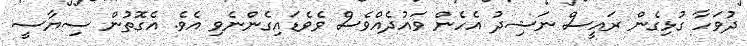
ދުވަހާ ގުޅިގެން ރައީސް ނަޝިދު އެހެން ވައުދެއްވެސް ވެވެޑައިގެންނެވި އެވެ. އެގޮތުން ސިޔާސީ